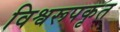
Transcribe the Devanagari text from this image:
विश्वरूपकृत